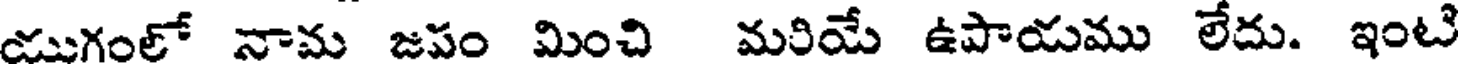
యుగంలో నామ జపం మించి మరియే ఉపాయము లేదు. ఇంటి